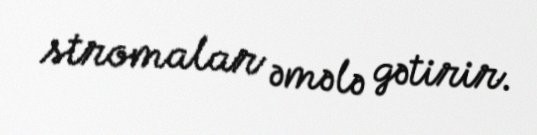
stromalar əmələ gətirir.